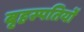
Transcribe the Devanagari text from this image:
बृहस्पतियों